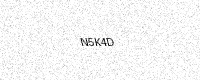
Text: N5K4D